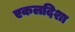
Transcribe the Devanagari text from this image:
एकलदिशा